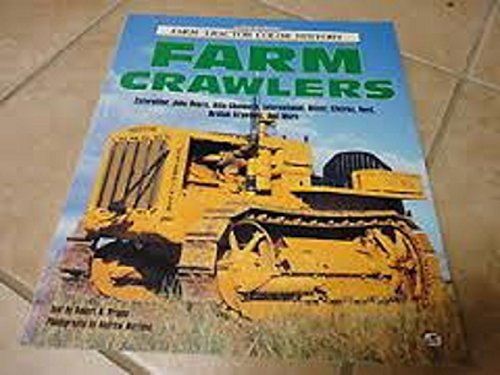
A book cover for Farm Crawlers (Farm Tractor Color History); Robert Pripps; Engineering & Transportation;